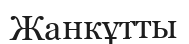
Жанкұтты